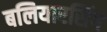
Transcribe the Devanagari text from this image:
बलियारसिंग